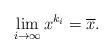
LaTeX: \begin{align*} \lim_{i\rightarrow \infty} x^{k_i}=\overline{x}. \end{align*}